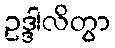
ဥဒ္ဒါလိတွာ